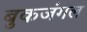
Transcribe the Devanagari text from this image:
बुकजंगल